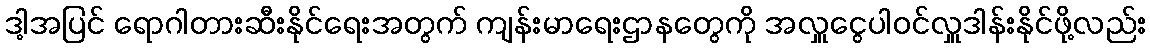
ဒါ့အပြင် ရောဂါတားဆီးနိုင်ရေးအတွက် ကျန်းမာရေးဌာနတွေကို အလှူငွေပါဝင်လှူဒါန်းနိုင်ဖို့လည်း